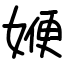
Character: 㛹